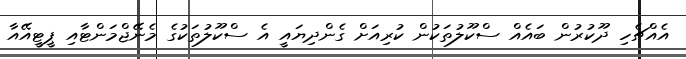
އެއްޗެހި ދޫކުރުން ބައެއް ސްކޫލުތަކުން ކުރިއަށް ގެންދިޔައީ އެ ސްކޫލުތަކުގެ މެނޭޖްމަންޓާއި ޕީޓީއޭއާ